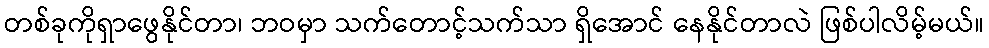
တစ်ခုကိုရှာဖွေနိုင်တာ၊ ဘဝမှာ သက်တောင့်သက်သာ ရှိအောင် နေနိုင်တာလဲ ဖြစ်ပါလိမ့်မယ်။